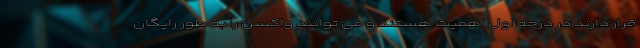
قرار دارند در درجه اول اهمیت هستند و می توانند واکسن را به طور رایگان